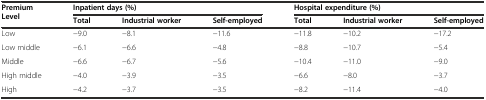
<table><thead><tr><td rowspan="2"><b>Premium Level</b></td><td colspan="3"><b>Inpatient days (%)</b></td><td colspan="3"><b>Hospital expenditure (%)</b></td></tr><tr><td><b>Total</b></td><td><b>Industrial worker</b></td><td><b>Self-employed</b></td><td><b>Total</b></td><td><b>Industrial worker</b></td><td><b>Self-employed</b></td></tr></thead><tbody><tr><td>Low</td><td>−9.0</td><td>−8.1</td><td>−11.6</td><td>−11.8</td><td>−10.2</td><td>−17.2</td></tr><tr><td>Low middle</td><td>−6.1</td><td>−6.6</td><td>−4.8</td><td>−8.8</td><td>−10.7</td><td>−5.4</td></tr><tr><td>Middle</td><td>−6.6</td><td>−6.7</td><td>−5.6</td><td>−10.4</td><td>−11.0</td><td>−9.0</td></tr><tr><td>High middle</td><td>−4.0</td><td>−3.9</td><td>−3.5</td><td>−6.6</td><td>−8.0</td><td>−3.7</td></tr><tr><td>High</td><td>−4.2</td><td>−3.7</td><td>−3.5</td><td>−8.2</td><td>−11.4</td><td>−4.0</td></tr></tbody></table>